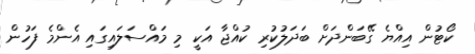
ކޯޓުން އިއްޔެ ގޭބަންދަށް ބަދަލުކުރި ކުއްޖާ އަކީ މި މައްސަލައިގައި އެންމެ ފަހުން